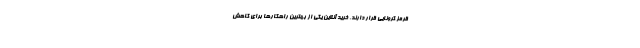
قرمز کرونایی قرار دارند، خرید آنلاین یکی از بهترین راهکارها برای کاهش